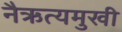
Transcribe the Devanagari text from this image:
नैऋत्यमुखी